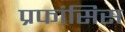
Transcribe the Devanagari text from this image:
प्रफांसिस